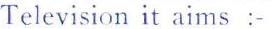
Television it aims :-